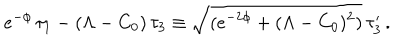
e ^ { - \phi } \, \tau _ { 1 } - ( \Lambda - C _ { 0 } ) \, \tau _ { 3 } \equiv \sqrt { ( e ^ { - 2 \phi } + ( \Lambda - C _ { 0 } ) ^ { 2 } ) } \, \tau _ { 3 } ^ { \prime } \, .